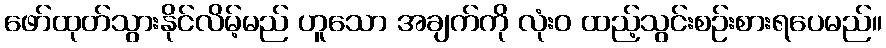
ဖော်ထုတ်သွားနိုင်လိမ့်မည် ဟူသော အချက်ကို လုံးဝ ထည့်သွင်းစဉ်းစားရပေမည်။